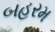
બહરમ